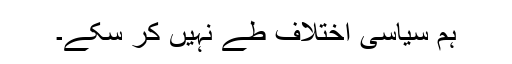
ہم سیاسی اختلاف طے نہیں کر سکے۔